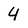
Character: 4